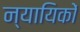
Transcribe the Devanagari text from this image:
न्यायिकों